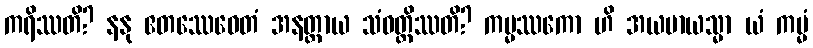
ကရိဿတိ? နနု ဧတဿေဝေတံ အနတ္ထာယ သံဝတ္တိဿတိ? ကမ္မဿကော ဟိ အယမာယသ္မာ ယံ ကမ္မံ